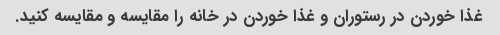
غذا خوردن در رستوران و غذا خوردن در خانه را مقایسه و مقایسه کنید.